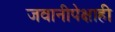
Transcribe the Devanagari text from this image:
जवानीपेक्षाही